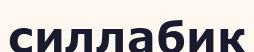
силлабик